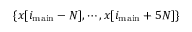
\{ x [ i _ { \mathrm { m a i n } } - N ] , \cdots , x [ i _ { \mathrm { m a i n } } + 5 N ] \}